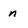
Character: n